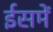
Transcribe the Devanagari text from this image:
ईसमें